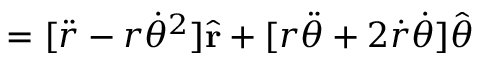
= [ { \ddot { r } } - r { \dot { \theta } } ^ { 2 } ] { \hat { \mathbf { r } } } + [ r { \ddot { \theta } } + 2 { \dot { r } } { \dot { \theta } } ] { \hat { \boldsymbol { \theta } } }